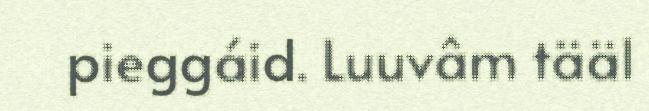
pieggáid. Luuvâm tääl